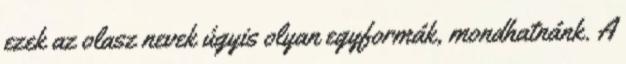
ezek az olasz nevek úgyis olyan egyformák, mondhatnánk. A